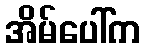
အိမ်ပေါ်က